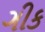
ગીક